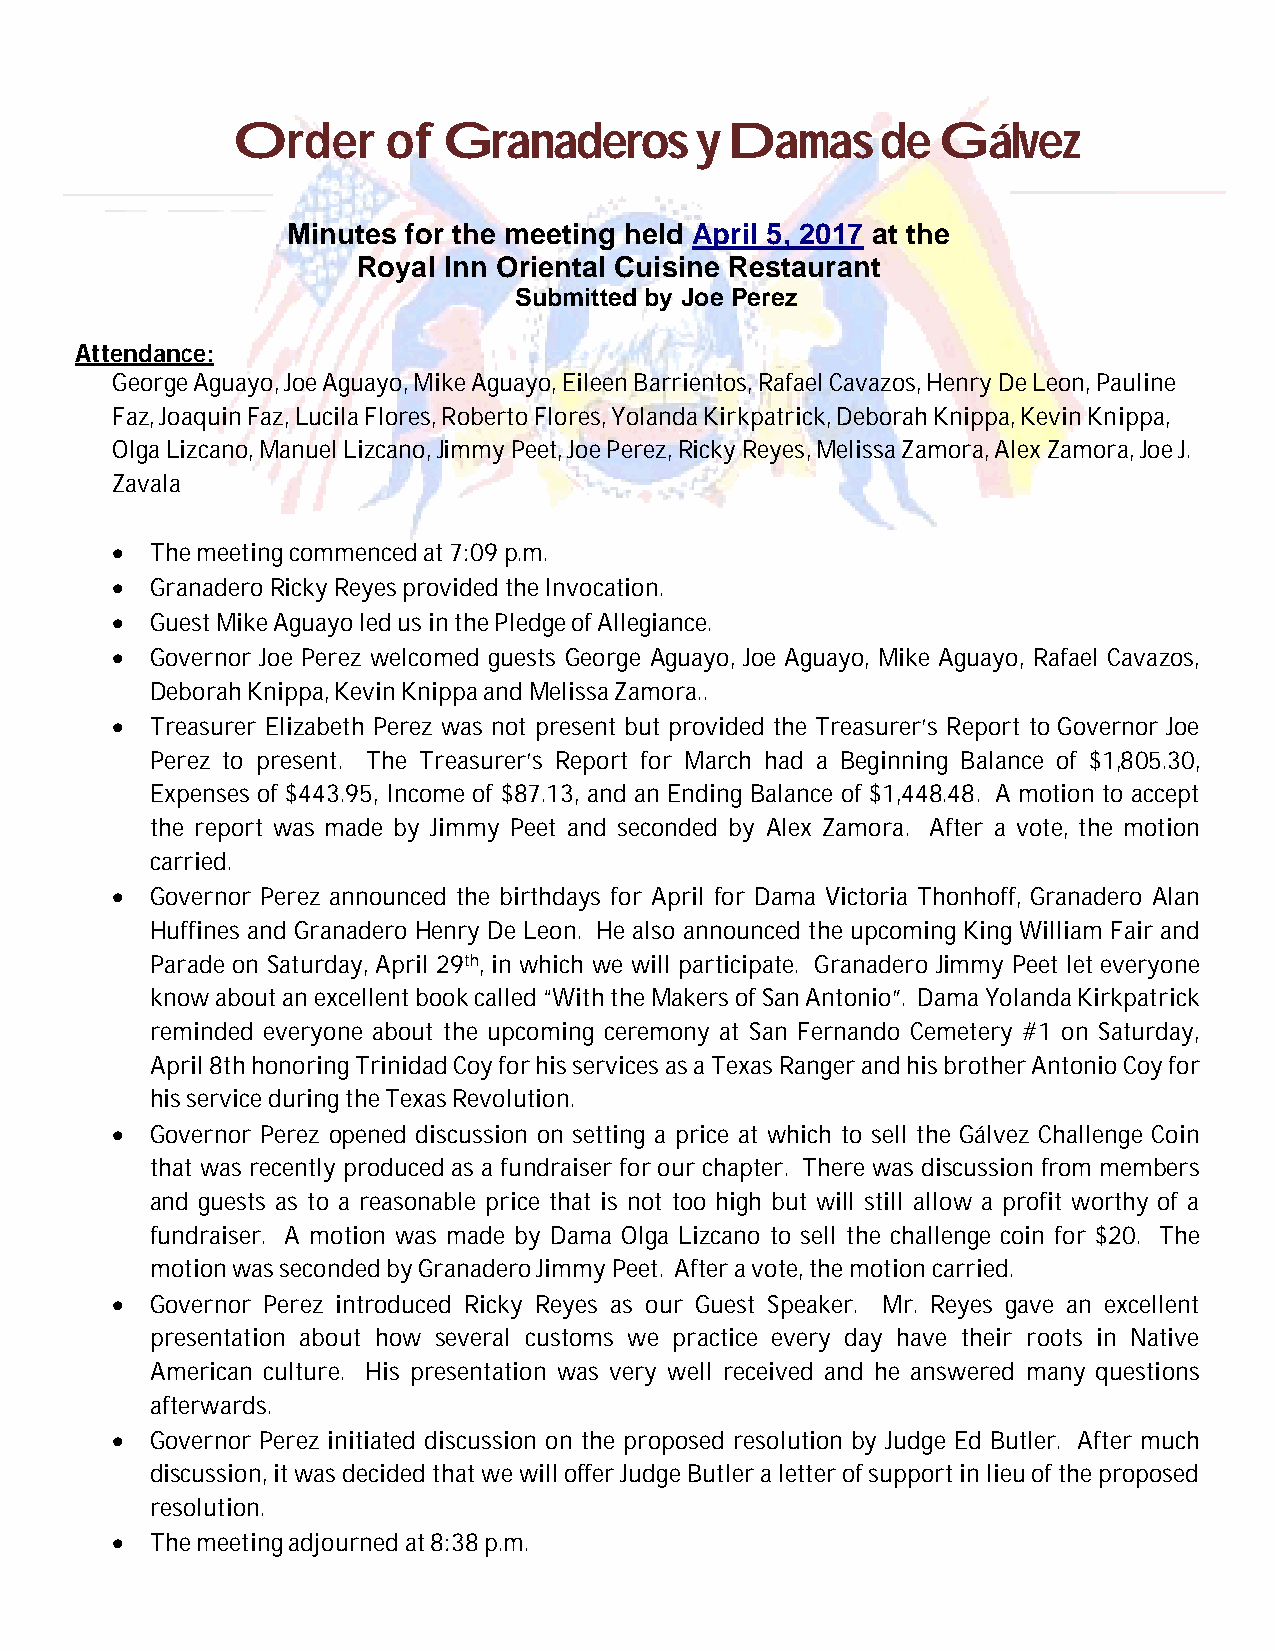
Order      of Granaderos       y Damas     de  Gálvez
 Minutes for the meeting held April 5, 2017 at the
 Royal Inn Oriental Cuisine Restaurant
 Submitted by Joe Perez
 Attendance:
 George Aguayo, Joe Aguayo, Mike Aguayo, Eileen Barrientos, Rafael Cavazos, Henry De Leon, Pauline
 Faz, Joaquin Faz, Lucila Flores, Roberto Flores, Yolanda Kirkpatrick, Deborah Knippa, Kevin Knippa,
 Olga Lizcano, Manuel Lizcano, Jimmy Peet, Joe Perez, Ricky Reyes, Melissa Zamora, Alex Zamora, Joe J.
 Zavala
   The meeting commenced at 7:09 p.m.
   Granadero Ricky Reyes provided the Invocation.
   Guest Mike Aguayo led us in the Pledge of Allegiance.
   Governor Joe Perez welcomed guests George Aguayo, Joe Aguayo, Mike Aguayo, Rafael Cavazos,
 Deborah Knippa, Kevin Knippa and Melissa Zamora..
   Treasurer Elizabeth Perez was not present but provided the Treasurer’s Report to Governor Joe
 Perez to present. The Treasurer’s Report for March had a Beginning Balance of $1,805.30,
 Expenses of $443.95, Income of $87.13, and an Ending Balance of $1,448.48. A motion to accept
 the report was made by Jimmy Peet and seconded by Alex Zamora. After a vote, the motion
 carried.
   Governor Perez announced the birthdays for April for Dama Victoria Thonhoff, Granadero Alan
 Huffines and Granadero Henry De Leon. He also announced the upcoming King William Fair and
 Parade on Saturday, April 29th, in which we will participate. Granadero Jimmy Peet let everyone
 know about an excellent book called “With the Makers of San Antonio”. Dama Yolanda Kirkpatrick
 reminded everyone about the upcoming ceremony at San Fernando Cemetery #1 on Saturday,
 April 8th honoring Trinidad Coy for his services as a Texas Ranger and his brother Antonio Coy for
 his service during the Texas Revolution.
   Governor Perez opened discussion on setting a price at which to sell the Gálvez Challenge Coin
 that was recently produced as a fundraiser for our chapter. There was discussion from members
 and guests as to a reasonable price that is not too high but will still allow a profit worthy of a
 fundraiser. A motion was made by Dama Olga Lizcano to sell the challenge coin for $20. The
 motion was seconded by Granadero Jimmy Peet. After a vote, the motion carried.
   Governor Perez introduced Ricky Reyes as our Guest Speaker. Mr. Reyes gave an excellent
 presentation about how several customs we practice every day have their roots in Native
 American culture. His presentation was very well received and he answered many questions
 afterwards.
   Governor Perez initiated discussion on the proposed resolution by Judge Ed Butler. After much
 discussion, it was decided that we will offer Judge Butler a letter of support in lieu of the proposed
 resolution.
   The meeting adjourned at 8:38 p.m.